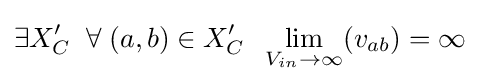
\exists X'_{C}\;\;\forall \;(a,b)\in X'_{C}\;\;\lim _{V_{in}\rightarrow \infty }(v_{ab})=\infty